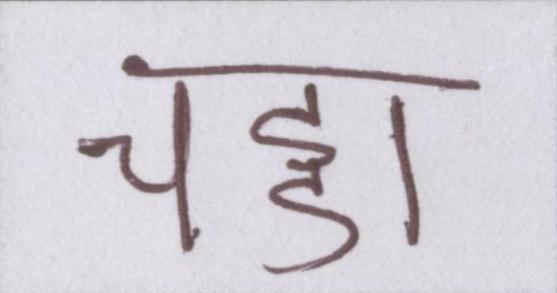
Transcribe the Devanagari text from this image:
चड्डा